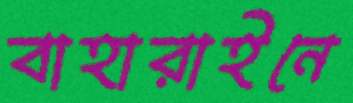
বাহারাইনে